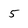
Character: 5